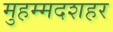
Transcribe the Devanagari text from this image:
मुहम्मदशहर